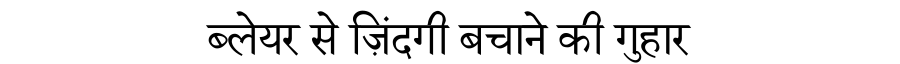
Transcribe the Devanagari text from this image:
ब्लेयर से ज़िंदगी बचाने की गुहार